Report on vaccination in Madras 1904-1921 - 1904-1921
Year: 1904
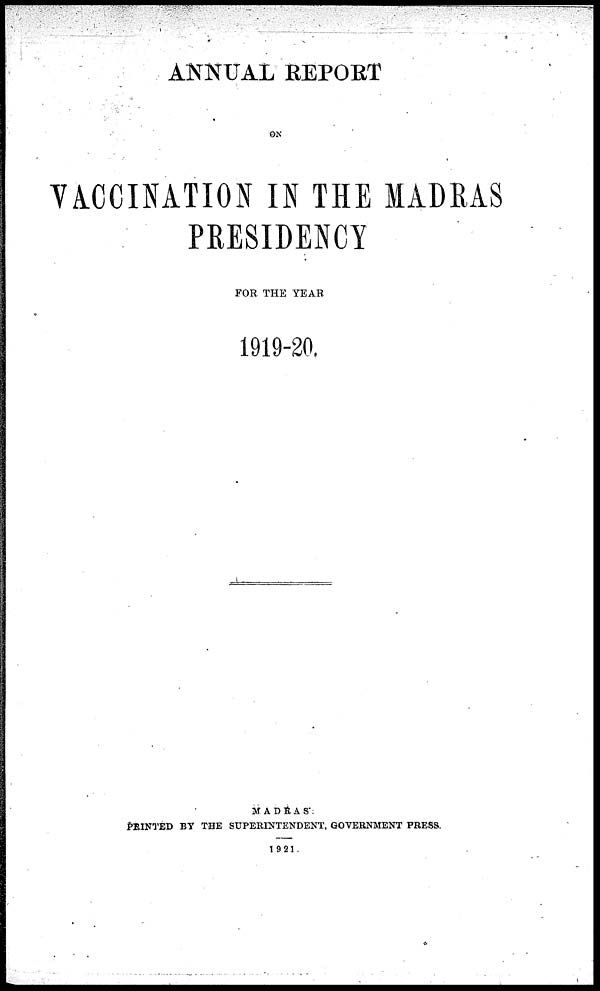
ANNUAL REPORT
ON
VACCINATION IN THE MADRAS
PRESIDENCY
FOR THE YEAR
1919-20.
MADRAS :
PRINTED BY THE SUPERINTENDENT, GOVERNMENT PRESS.
1921.